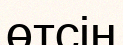
өтсін